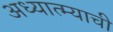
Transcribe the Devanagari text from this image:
अध्यात्म्याची